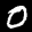
Label: 0